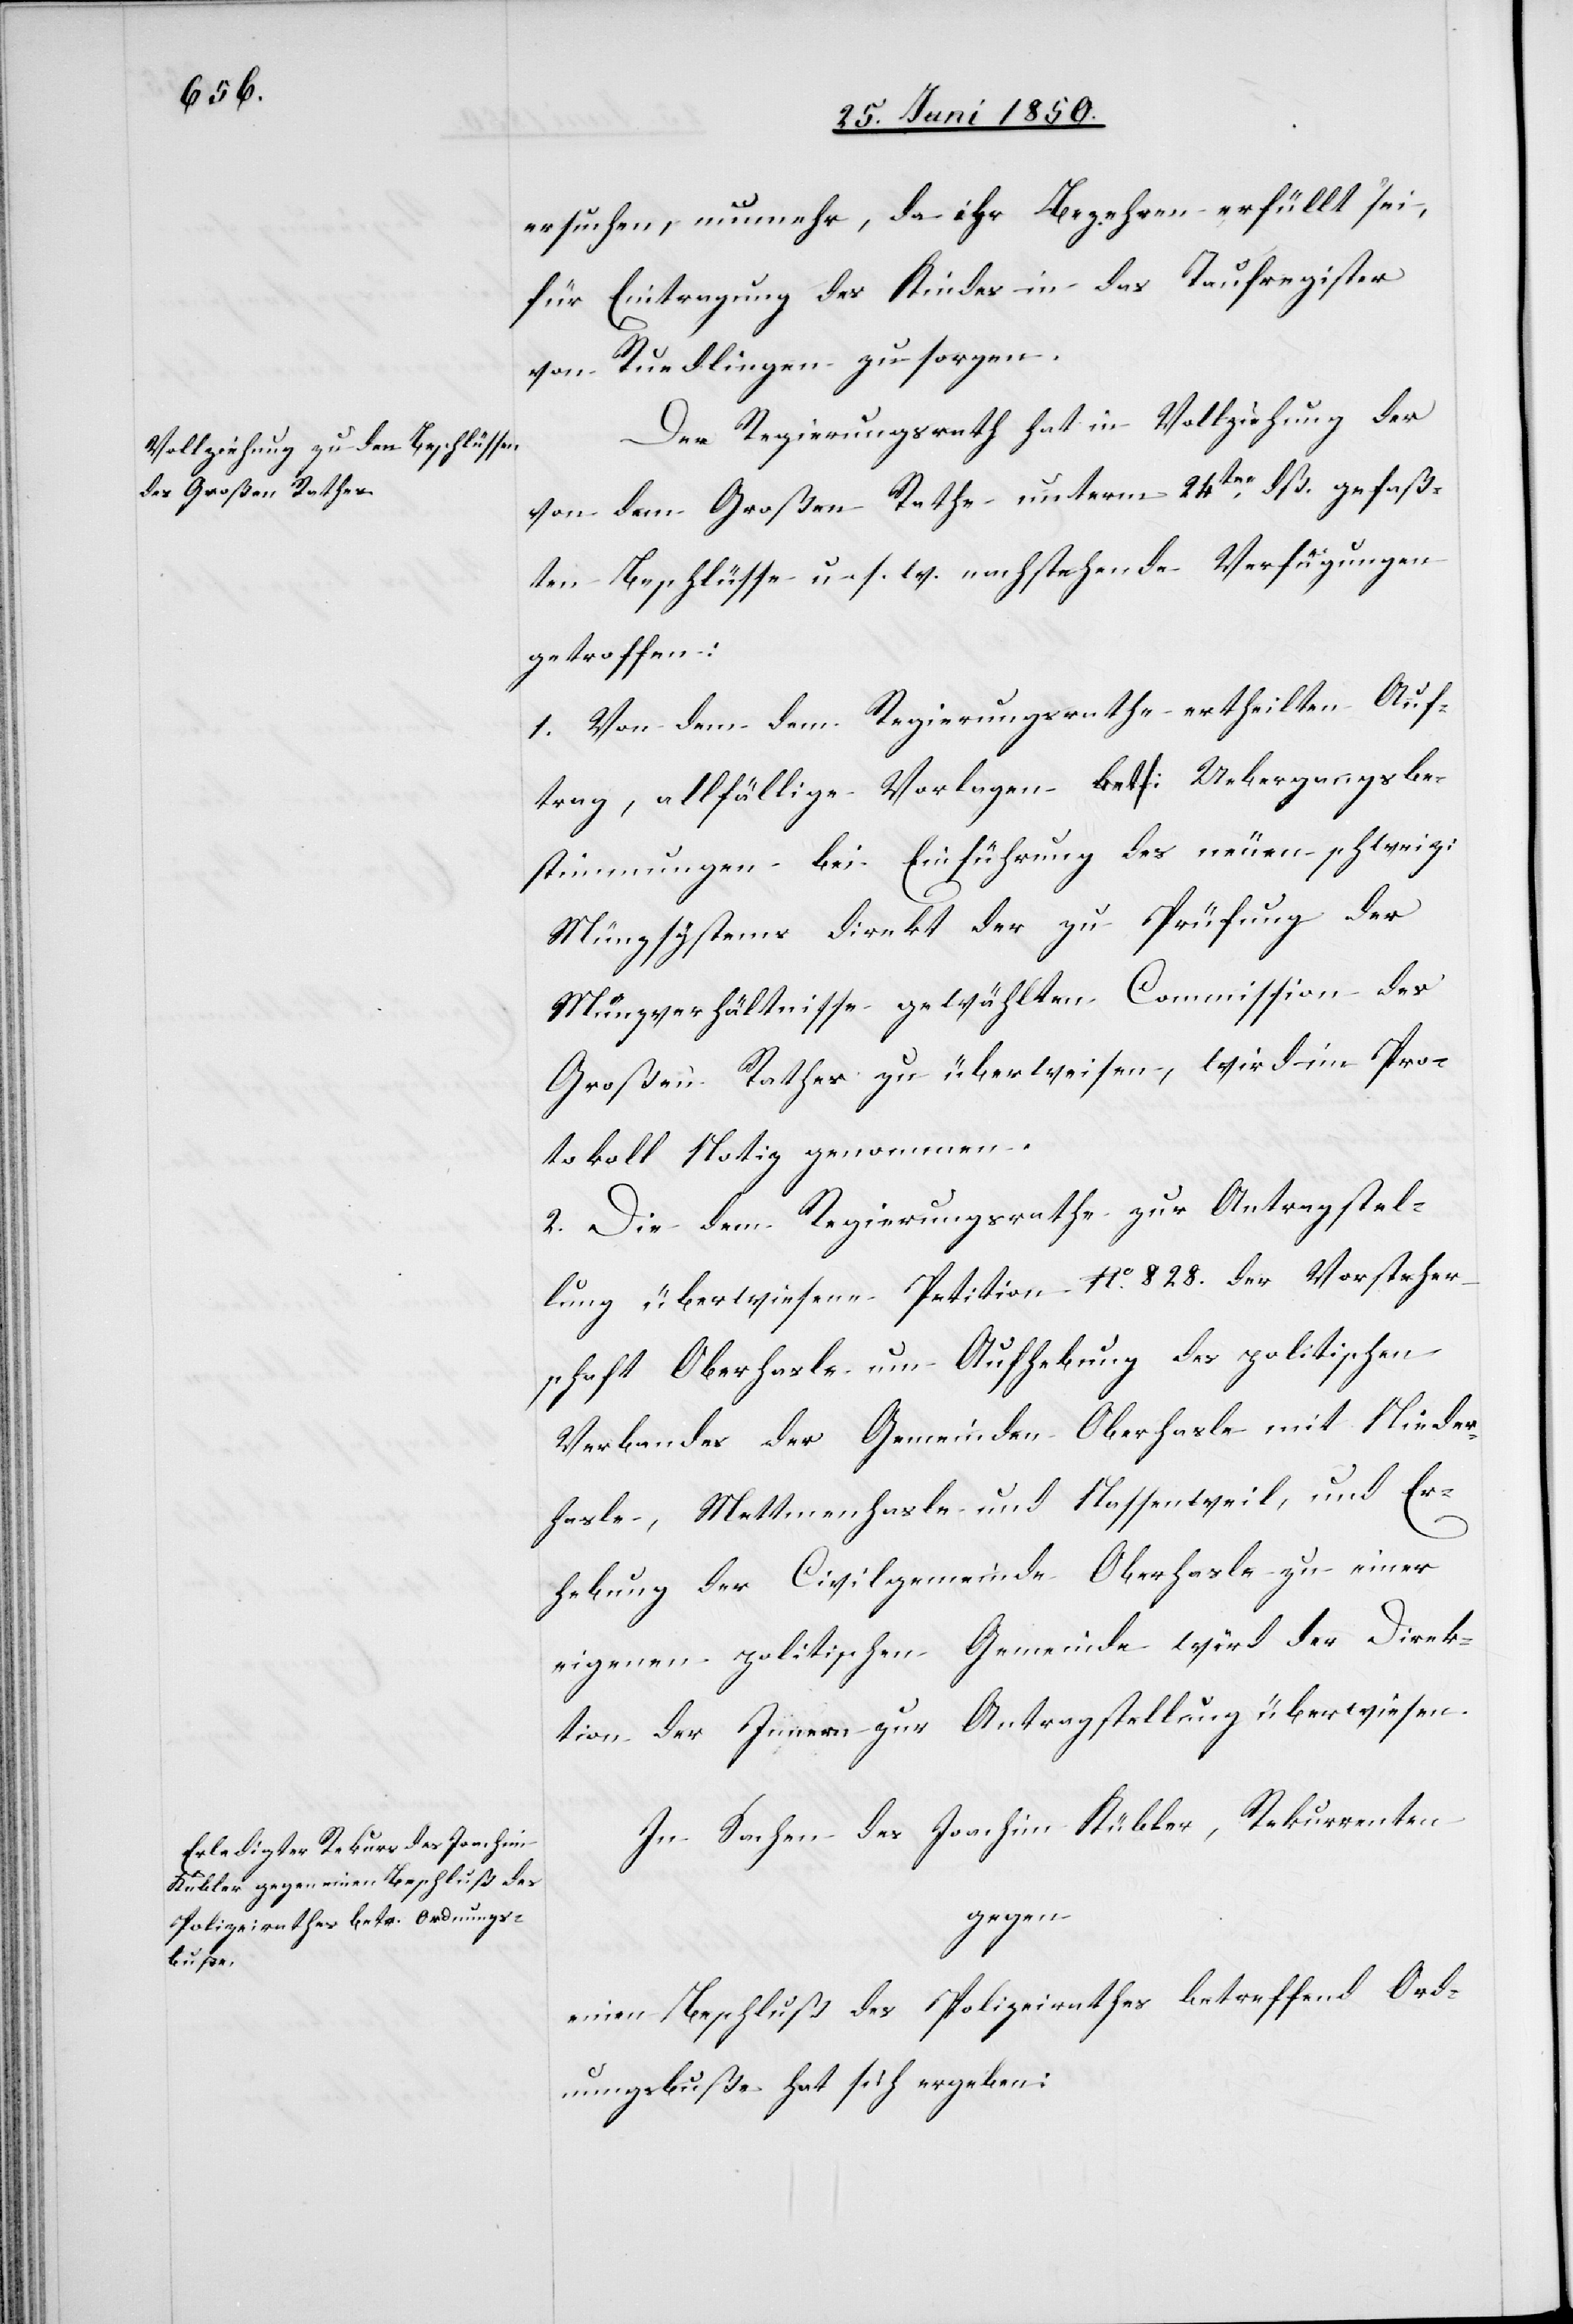
ersuchen, nunmehr, da ihr Begehren erfüllt sei,
für Eintragung des Kindes in das Taufregister
von Ruedlingen zu sorgen.
Der Regierungsrath hat in Vollziehung der
von dem Großen Rathe unterm 24ten dß. gefaß¬
ten Beschlüsse u. s. w. nachstehende Verfügungen
getroffen:
1. Von dem dem Regierungsrathe ertheilten Auf¬
trag, allfällige Vorlagen betf: Uebergangsbe¬
stimmungen bei Einführung des neuen schweiz:
Münzsystems direkt der zu Prüfung der
Münzverhältnisse gewählten Commission des
Großen Rathes zu überweisen, wird im Pro¬
tokoll Notiz genommen.
2. Die dem Regierungsrathe zur Antragstel¬
lung überwiesene Petition No. 828. der Vorsteher¬
schaft Oberhasle um Aufhebung des politischen
Verbandes der Gemeinden Oberhasle mit Nieder¬
hasle, Mettmenhasle und Nassenweil, und Er¬
hebung der Civilgemeinde Oberhasle zu einer
eigenen politischen Gemeinde wird der Direk¬
tion der Innern zur Antragstellung überwiesen.
In Sachen des Joachim Kübler, Rekurrent
gegen
einen Beschluß des Polizeirathes betreffend Ord¬
nungsbuße hat sich ergeben: